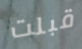
قبلت